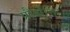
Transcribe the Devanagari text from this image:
प्रौढोक्ति